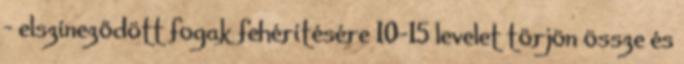
- elszíneződött fogak fehérítésére 10-15 levelet törjön össze és